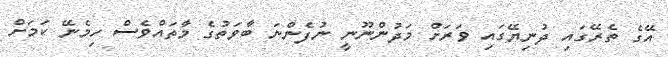
އޭގެ ތެރޭގައި ދުނިޔޭގައި ވަރަށް މަދުންނޫނީ ނުފެންނަ ބާވަތުގެ މާތައްވެސް ހިމެނޭ ކަމަށް